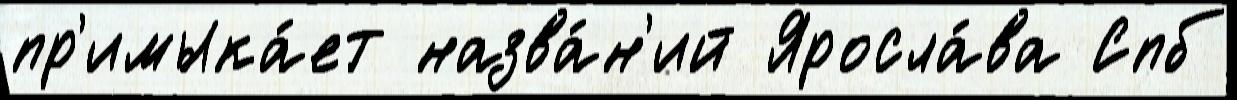
пр'имыка́ет назва́н'ий Яросла́ва Спб